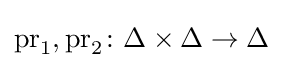
\operatorname {pr} _{1},\operatorname {pr} _{2}\colon \Delta \times \Delta \rightarrow \Delta